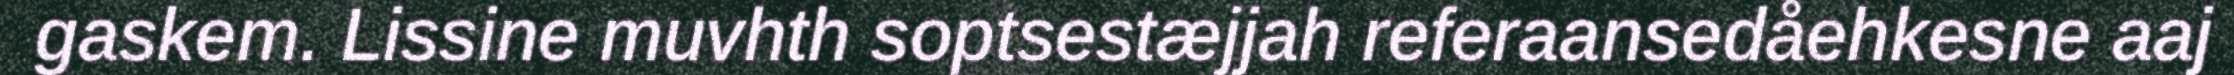
gaskem. Lissine muvhth soptsestæjjah referaansedåehkesne aaj